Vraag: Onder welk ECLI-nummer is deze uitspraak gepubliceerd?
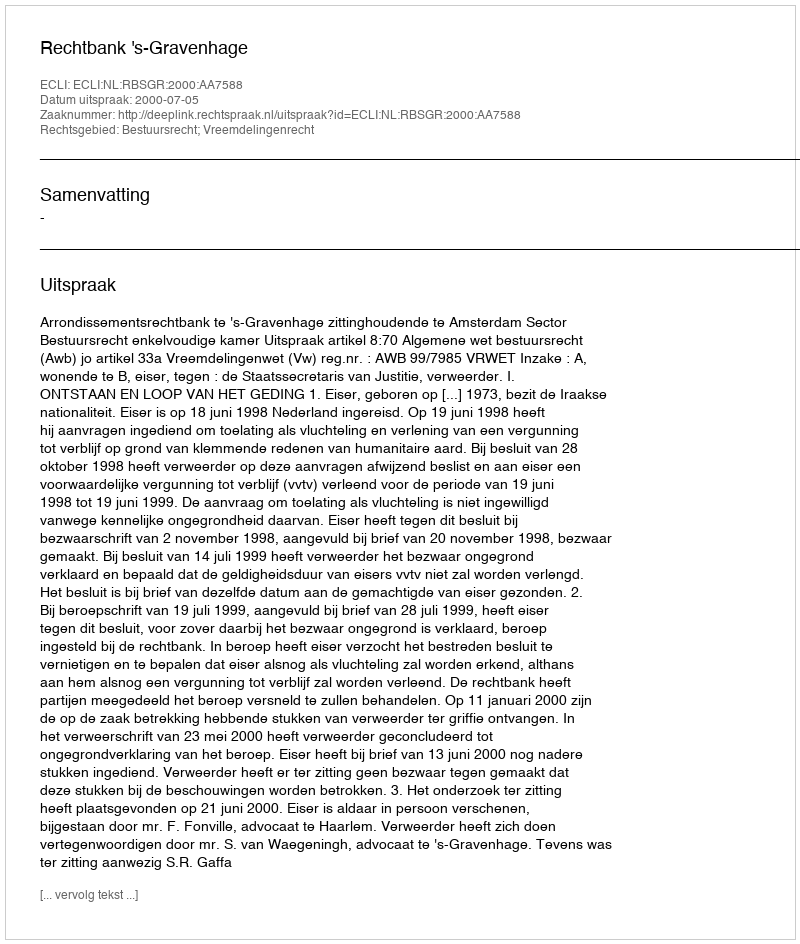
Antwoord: ECLI:NL:RBSGR:2000:AA7588